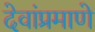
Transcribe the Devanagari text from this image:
देवांप्रमाणे